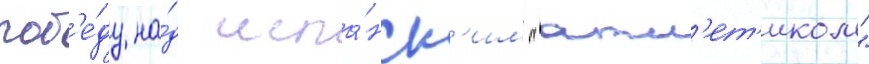
поб'е́ду на́д испа́нск'им "атл'ет'иком"